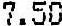
7.50